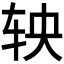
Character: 𬨄